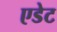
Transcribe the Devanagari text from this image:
एडेट